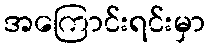
အကြောင်းရင်းမှာ